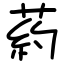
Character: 葯